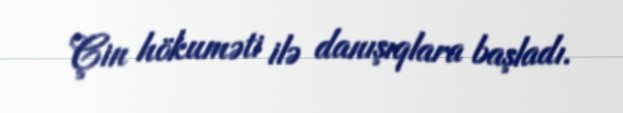
Çin hökuməti ilə danışıqlara başladı.